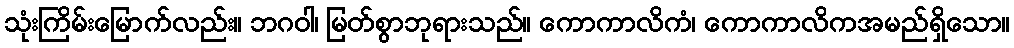
သုံးကြိမ်းမြောက်လည်း။ ဘဂဝါ၊ မြတ်စွာဘုရားသည်။ ကောကာလိကံ၊ ကောကာလိကအမည်ရှိသော။